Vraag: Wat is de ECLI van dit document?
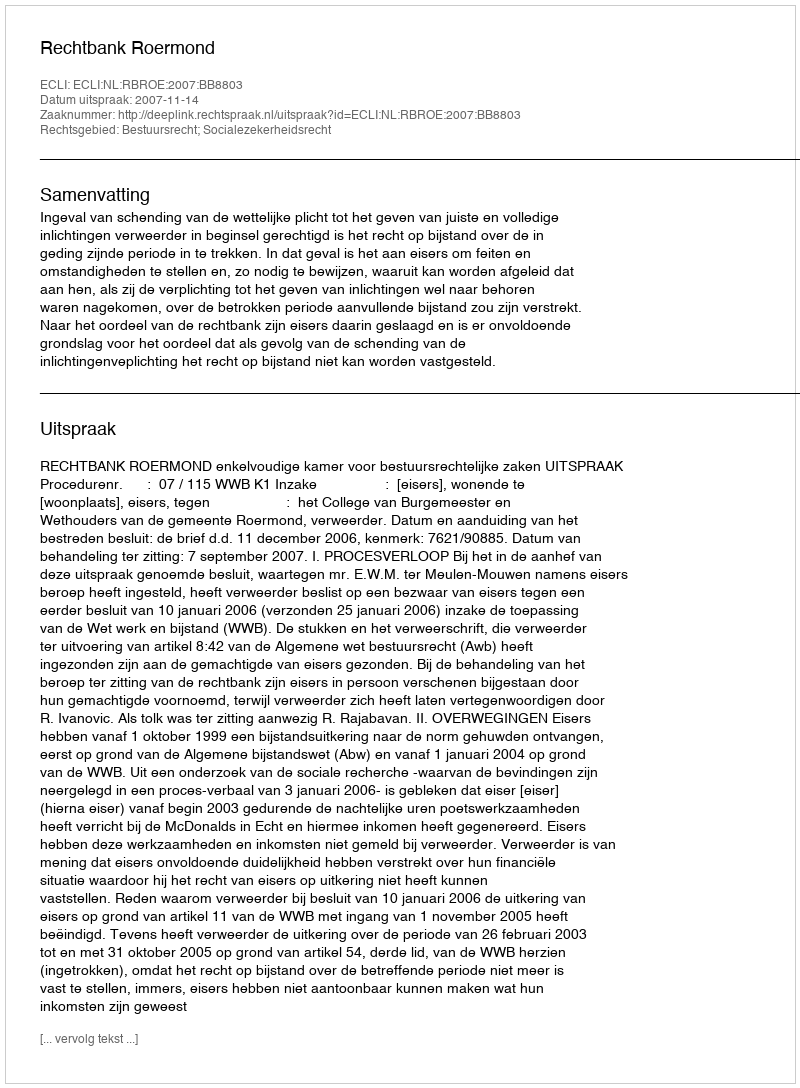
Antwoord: ECLI:NL:RBROE:2007:BB8803